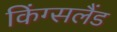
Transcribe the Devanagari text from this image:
किंग्सलैंड